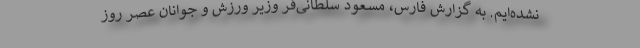
نشده‌ایم. به گزارش فارس، مسعود سلطانی‌فر وزیر ورزش و جوانان عصر روز